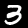
Digit: 3